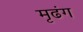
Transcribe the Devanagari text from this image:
मृढंग